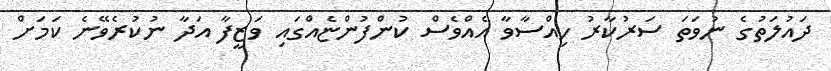
ދައުލަތުގެ ނުވަތަ ސަރުކާރު ހިއްސާވާ އެއްވެސް ކުންފުންޏެއްގައި ވަޒީފާ އަދާ ނުކުރެވޭނެ ކަމަށް